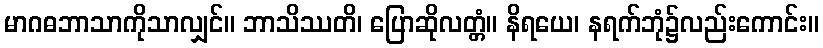
မာဂဓဘာသာကိုသာလျှင်။ ဘာသိဿတိ၊ ပြောဆိုလတ္တံ။ နိရယေ၊ နရက်ဘုံ၌လည်းကောင်း။